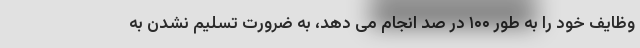
وظایف خود را به طور ۱۰۰ در صد انجام می دهد، به ضرورت تسلیم نشدن به